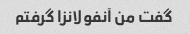
گفت من آنفولانزا گرفتم